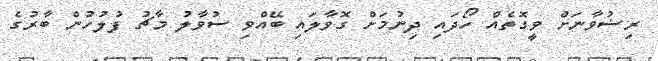
ރިޟުވާނަށް ވީގޮތެއް ހޯދައި ދިނުމަށް ގޮވާލައި ބޭއްވި ސުވާލު މާޗު ފުލުހުން ބާރުގެ